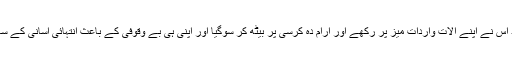
ایک یا کچھ دفاتر سے اس نے کل 2100 ڈالر جمع کیے لیکن اس کے بعد اس نے اپنے آلات واردات میز پر رکھے اور آرام دہ کرسی پر بیٹھ کر سوگیا اور اپنی ہی بے وقوفی کے باعث انتہائی آسانی کے ساتھ اس وقت دھرلیا گیا جب پولیس نے دفتر پہنچ کر اسے جگایا اور پکڑلیا۔